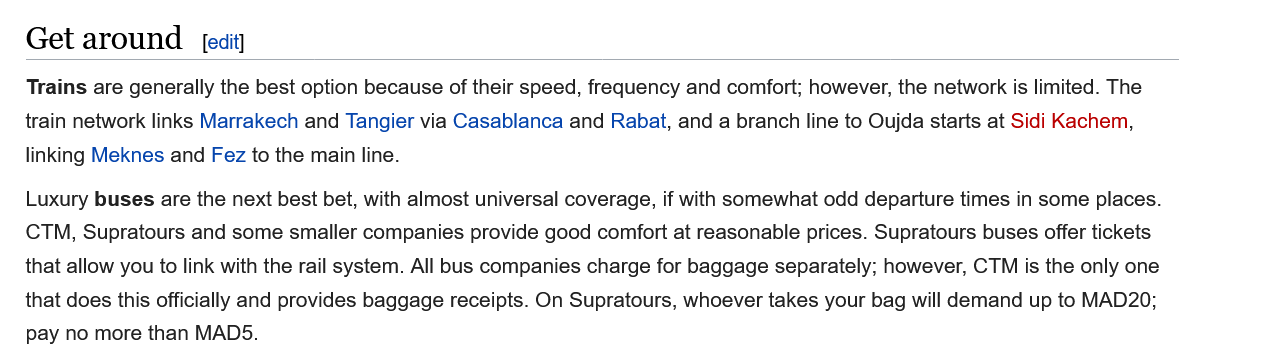
Get  around
   Trains are generally the best option because of their speed, frequency and comfort; however, the network is limited. The
   train network links Marrakech and Tangier via Casablanca and Rabat, and a branch line to Oujda starts at Sidi Kachem,
   linking Meknes and Fez to the main line.
   Luxury buses are the next best bet, with almost universal coverage, if with somewhat odd departure times in some places.
   CTM, Supratours and some smaller companies provide good comfort at reasonable prices. Supratours buses offer tickets
   that allow you to link with the rail system. All bus companies charge for baggage separately; however, CTM is the only one
   that does this officially and provides baggage receipts. On Supratours, whoever takes your bag will demand up to MAD20;
   pay no more than MAD5.
     [edit]